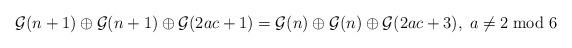
LaTeX: \begin{align*} \mathcal{G}(n+1) \oplus \mathcal{G}(n+1) \oplus \mathcal{G}(2ac+1) = \mathcal{G}(n) \oplus \mathcal{G}(n) \oplus \mathcal{G}(2ac+3) , \; a\neq 2\bmod 6 \end{align*}